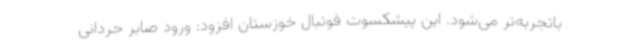
باتجربه‌تر می‌شود. این پیشکسوت فوتبال خوزستان افزود: ورود صابر حردانی